Report on vaccination in Madras 1895-1903 - 1895-1903
Year: 1895
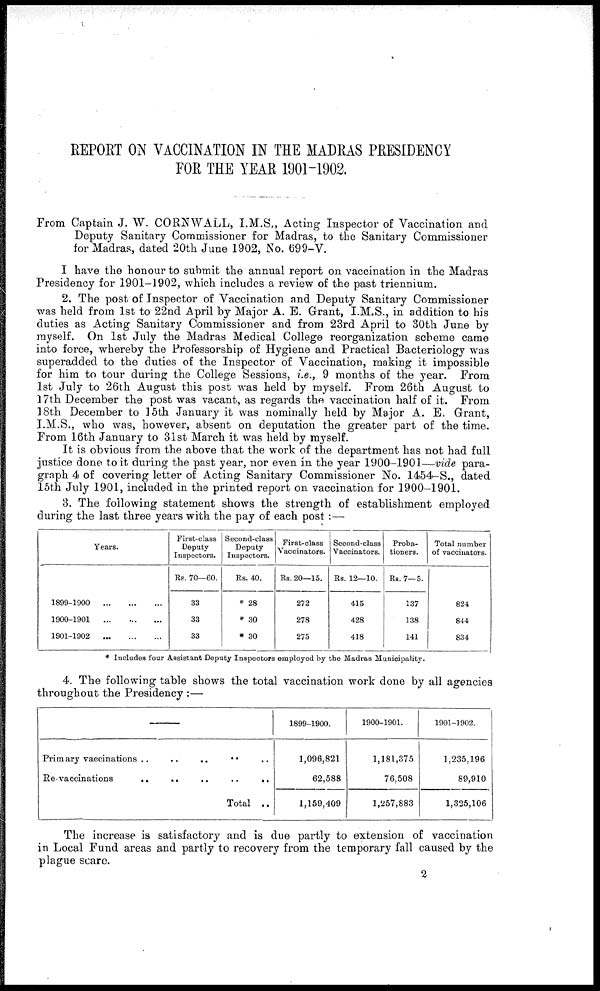
REPORT ON VACCINATION IN THE MADRAS PRESIDENCY
FOR THE YEAR 1901-1902.
From Captain J. W. CORNWALL, I.M.S., Acting Inspector of Vaccination and
Deputy Sanitary Commissioner for Madras, to the Sanitary Commissioner
for Madras, dated 20th June 1902, No. 699-V.
I have the honour to submit the annual report on vaccination in the Madras
Presidency for 1901-1902, which includes a review of the past triennium.
2. The post of Inspector of Vaccination and Deputy Sanitary Commissioner
was held from 1st to 22nd April by Major A. E. Grant, I.M.S., in addition to his
duties as Acting Sanitary Commissioner and from 23rd April to 30th June by
myself. On 1st July the Madras Medical College reorganization scheme came
into force, whereby the Professorship of Hygiene and Practical Bacteriology was
superadded to the duties of the Inspector of Vaccination, making it impossible
for him to tour during the College Sessions, i.e., 9 months of the year. From
1st July to 26th August this post was held by myself. From 26th August to
17th December the post was vacant, as regards the vaccination half of it. From
18th December to 15th January it was nominally held by Major A. E. Grant,
I.M.S., who was, however, absent on deputation the greater part of the time.
From 16th January to 31st March it was held by myself.
It is obvious from the above that the work of the department has not had full
justice done to it during the past year, nor even in the year 1900-1901—vide para-
graph 4 of covering letter of Acting Sanitary Commissioner No. 1454-S., dated
15th July 1901, included in the printed report on vaccination for 1900-1901.
3. The following statement shows the strength of establishment employed
during the last three years with the pay of each post :—
Years.
1899-1900 ...
...
...
1900-1901
...
...
...
1901-1902
...
...
...
First-class
Deputy
Inspectors.
Rs. 70—60.
33
33
33
Second-class
Deputy
Inspectors.
Rs. 40.
* 28
* 30
* 30
First-class
Vaccinators.
Rs. 20—15.
272
278
275
Second-class
Vaccinators.
Rs. 12—10.
415
428
418
Proba-
tioners.
Rs. 7— 5.
137
138
141
Total number
of vaccinators.
824
844
834
* Includes four Assistant Deputy Inspectors employed by the Madras Municipality.
4. The following table shows the total vaccination work done by all agencies
throughout the Presidency :—
Primary vaccinations ..
.. .. .. ..
Re-vaccinations .. .. .. .. ..
Total ..
1899-1900.
1,096,821
62,588
1,159,409
1900-1901.
1,181,375
76,508
1,257,883
1901-1902.
1,235,196
89,910
1,325,106
The increase is satisfactory and is due partly to extension of vaccination
in Local Fund areas and partly to recovery from the temporary fall caused by the
plague scare.
2